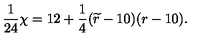
{ \frac { 1 } { 2 4 } } \chi = 1 2 + { \frac { 1 } { 4 } } ( { \widetilde r } - 1 0 ) ( r - 1 0 ) .